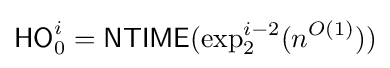
{\mathsf {HO}}_{0}^{i}={\mathsf {NTIME}}(\exp _{2}^{i-2}(n^{O(1)}))